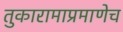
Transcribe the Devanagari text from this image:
तुकारामाप्रमाणेच